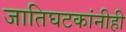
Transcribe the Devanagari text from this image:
जातिघटकांनीही